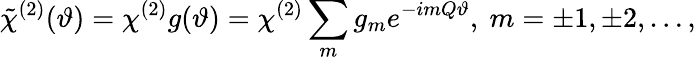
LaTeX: \tilde{\chi}^{(2)}(\vartheta)=\chi^{(2)}g(\vartheta)=\chi^{(2)}\sum_{m}g_{m}e^{-imQ\vartheta},~m=\pm 1,\pm 2,\dots,